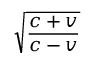
\sqrt { \frac { c + v } { c - v } }